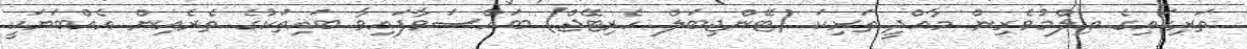
ތަރިކައިގެ ޢިލްމުވެރިން މާއްދީ ތަރިކަ (ޓޭންޖިބަލް ހެރިޓޭޖް) ބައްސަވާފައިވާ ބައިތަކުގެ ތެރެއިން އެއްބަޔަކީ